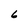
Character: 6